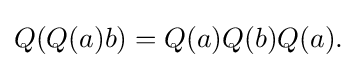
\displaystyle {Q(Q(a)b)=Q(a)Q(b)Q(a).}